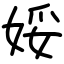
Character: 娞